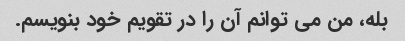
بله، من می توانم آن را در تقویم خود بنویسم.